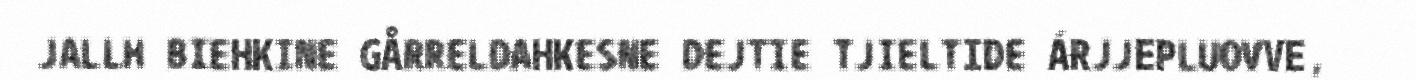
JALLH BIEHKINE GÅRRELDAHKESNE DEJTIE TJIELTIDE ÁRJJEPLUOVVE,